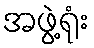
အဖွဲ့ရုံး